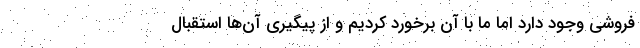
فروشی وجود دارد اما ما با آن برخورد کردیم و از پیگیری آن‌ها استقبال